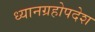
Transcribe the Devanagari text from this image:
ध्यानग्रहोपदेश